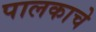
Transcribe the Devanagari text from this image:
पालकाचे